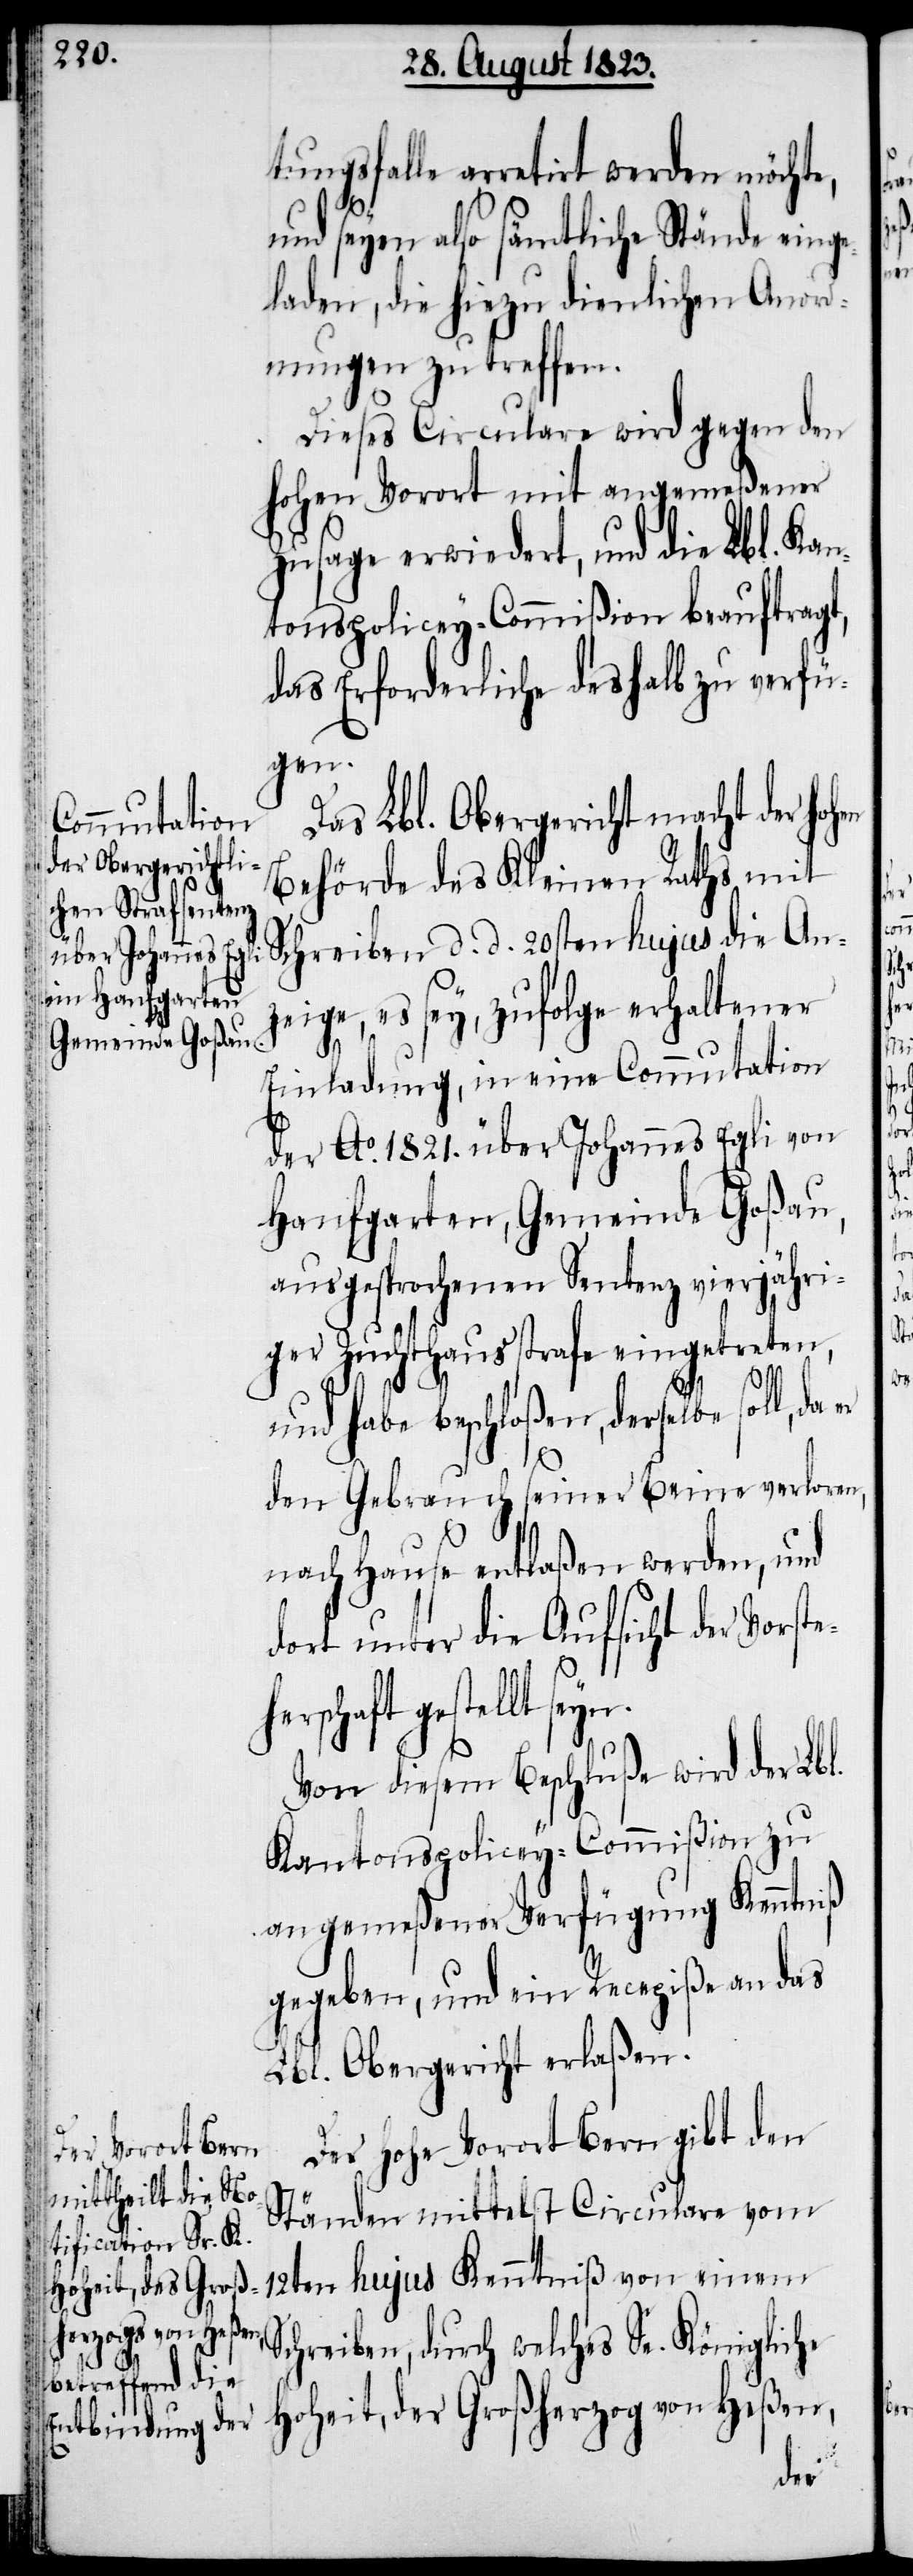
tungsfalle arretirt werden möchte,
yn.
und seyen also sämtliche Stände einge¬
laden, die hiezu dienlichen Anor¬
dnungen zu treffen.
Dieses Circulare wird gegen den
hohen Vorort mit angemeßener
Zusage erwiedert, und die Lbl. Kan¬
tonspolicey-Commißion beauftragt,
das Erforderliche deshalb zu verfü¬
gen.
Das Lbl. Obergericht macht der hoh¬
Behörde des Kleinen Raths mit
zeige, es sey, zufolge erhaltener
Einladung, in eine Commutation
der Ao. 1821. über Johannes Egli von
Hanfgarten, Gemeinde Goßau,
ausgesprochenen Sentenz vierjähri¬
ger Zuchthausstrafe eingetreten,
An¬
und habe beschloßen, derselbe soll,
den Gebrauch seiner Beine verloren,
nach Hause entlaßen werden, und
dort unter die Aufsicht der Vorst¬
gestellt se¬
Von diesem Beschluße wird der Lbl.
Kantonspolicey-Commißion zu
angemeßener Verfügung Kenntniß
gegeben, und ein Recepiße an das
Lbl. Obergericht erlaßen.
Gro¬
Der Hohe Vorort Bern gibt den
Ständen mittelst Circulare vom
ßherzog von Heßen,
Schreiben, durch welches Se. Königliche
der